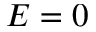
E = 0